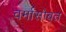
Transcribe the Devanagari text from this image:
वर्मासोबत